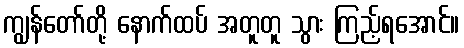
ကျွန်တော်တို့ နောက်ထပ် အတူတူ သွား ကြည့်ရအောင်။